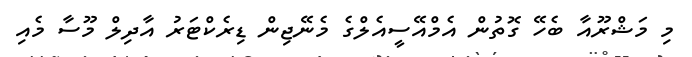
މި މަޝްރޫއާ ބެހޭ ގޮތުން އެމްއޭސީއެލްގެ މެނޭޖިން ޑިރެކްޓަރު އާދިލް މޫސާ މެއި